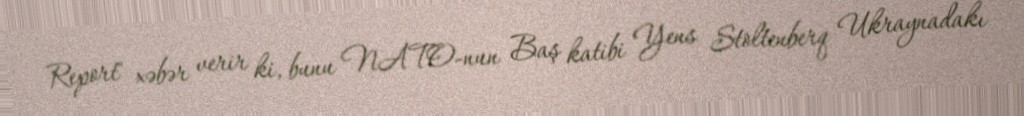
Report" xəbər verir ki, bunu NATO-nun Baş katibi Yens Stoltenberq Ukraynadakı